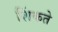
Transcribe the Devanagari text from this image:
शिंकते